Report on horse surra - Volume I
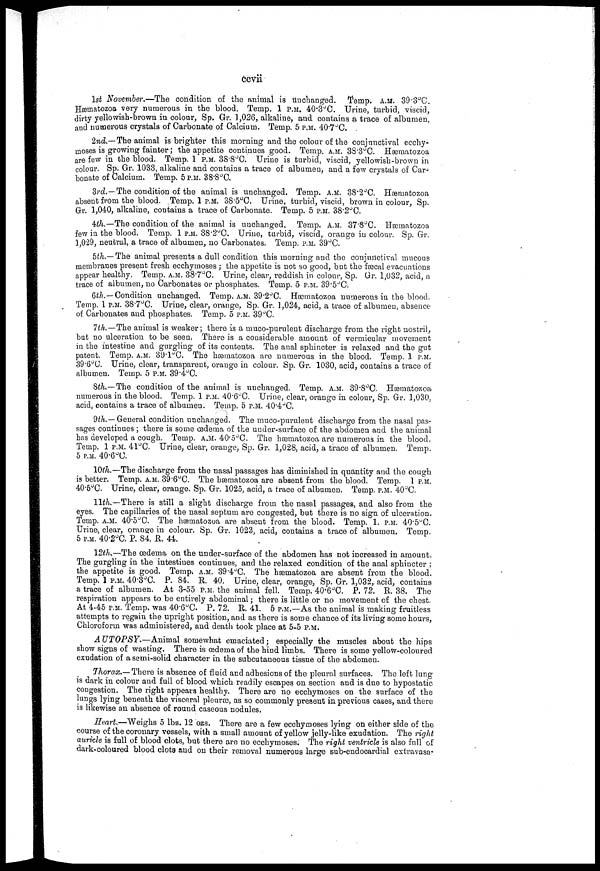
ccvii
1st November.—The condition of the animal is unchanged. Temp. A.M. 39.3°C.
Hæmatozoa very numerous in the blood. Temp. 1 P.M. 40.3°C. Urine, turbid, viscid,
dirty yellowish-brown in colour, Sp. Gr. 1,026, alkaline, and contains a trace of albumen,
and numerous crystals of Carbonate of Calcium. Temp. 5 P.M. 40 . 7°C.
2nd.—The animal is brighter this morning and the colour of the conjunctival ecchy¬
moses is growing fainter; the appetite continues good. Temp. A.M. 38.3°C. Hæmatozoa
are few in the blood. Temp. 1 P.M. 38.8°C. Urine is turbid, viscid, yellowish-brown in
colour. Sp. Gr. 1033, alkaline and contains a trace of albumen, and a few crystals of Car¬
bonate of Calcium. Temp. 5 P.M. 38.8°C.
3rd.—The condition of the animal is unchanged. Temp. A.M. 38.2°C. Hæmatozoa
absent from the blood. Temp. 1 P.M. 38.5°C. Urine, turbid, viscid, brown in colour, Sp.
Gr. 1,040, alkaline, contains a trace of Carbonate. Temp. 5 P.M. 38.2°C.
4th.—The condition of the animal is unchanged. Temp. A.M.37.8°C. Hæmatozoa
few in the blood. Temp. 1 P.M. 38.2°C. Urine, turbid, viscid, orange in colour. Sp. Gr.
1,029, neutral, a trace of albumen, no Carbonates. Temp. P.M. 39°C.
5th.— The animal presents a dull condition this morning and the conjunctival mucous
membranes present fresh ecchymoses; the appetite is not so good, but the fæcal evacuations
appear healthy. Temp. A.M. 38.7°C. Urine, clear, reddish in colour, Sp. Gr. 1,032, acid, a
trace of albumen, no Carbonates or phosphates. Temp. 5 P.M. 39.5°C.
6th.— Condition unchanged. Temp. A.M. 39.2°C. Hæmatozoa numerous in the blood.
Temp. 1 P.M. 38.7°C. Urine, clear, orange, Sp. Gr. 1,024, acid, a trace of albumen, absence
of Carbonates and phosphates. Temp. 5 P.M. 39°C.
7th.—The animal is weaker; there is a muco-purulent discharge from the right nostril,
but no ulceration to be seen. There is a considerable amount of vermicular movement
in the intestine and gurgling of its contents. The anal sphincter is relaxed and the gut
patent. Temp. A.M. 89.1°C. The hæmatozoa are numerous in the blood. Temp. 1 P.M.
39.6°C. Urine, clear, transparent, orange in colour. Sp. Gr. 1030, acid, contains a trace of
albumen. Temp. 5 P.M. 39.4°C.
8th.—The condition of the animal is unchanged. Temp. A.M. 39 . 8°C. Hæmatozoa
numerous in the blood. Temp. 1 P.M. 40.6°C. Urine, clear, orange in colour, Sp. Gr. 1,030,
acid, contains a trace of albumen. Temp. 5 P.M. 40.4 °C.
9th.— General condition unchanged. The muco-purulent discharge from the nasal pas-
sages continues ; there is some œdema of the uuder-surface of the abdomen and the animal
has developed a cough. Temp. A.M. 40.5°C. The hæmatozoa are numerous in the blood.
Temp. 1 P.M. 41°C. Urine, clear, orange, Sp. Gr. 1,028, acid, a trace of albumen. Temp.
5 P.M. 40.6°C.
10th.—The discharge from the nasal passages has diminished in quantity and the cough
is better. Temp. A.M. 39 .6°C. The hæmatozoa are absent from the blood. Temp. 1 P.M.
40.5°C. Urine, clear, orange. Sp. Gr. 1025, acid, a trace of albumen. Temp. P.M. 40°C.
11th.—There is still a slight discharge from the nasal passages, and also from the
eyes. The capillaries of the nasal septum are congested, but there is no sign of ulceration.
Temp. A.M. 40.5°C. The hæmatozoa are absent from the blood. Temp. 1. P.M. 40 . 5°C.
Urine, clear, orange in colour. Sp. Gr. 1023, acid, contains a trace of albumen. Temp.
5 P.M. 40.2°C. P. 84.R. 44.
12th.—The œdema on the under-surface of the abdomen has not increased in amount.
The gurgling in the intestines continues, and the relaxed condition of the anal sphincter ;
the appetite is good. Temp. A.M. 39.4°C. The hæmatozoa are absent from the blood.
Temp. 1 P.M. 40.3°C. P. 84. R. 40. Urine, clear, orange, Sp. Gr. 1,032, acid, contains
a trace of albumen. At 3-55 P.M. the animal fell. Temp. 40.6°C. P. 72. R. 38. The
respiration appears to be entirely abdominal ; there is little or no movement of the chest.
At 4-45 P.M. Temp. was 40.6°C. P. 72. R. 41. 6 P.M.—As the animal is making fruitless
attempts to regain the upright position, and as there is some chance of its living some hours,
Chloroform was administered, and death took place at 5-5 P.M.
AUTOPSY.—Animal
somewhat emaciated; especially the muscles about the hips
show signs of wasting. There is œdema of the hind limbs. There is some yellow-coloured
exudation of a semi-solid character in the subcutaneous tissue of the abdomen.
Thorax.— There is absence of fluid and adhesions of the pleural surfaces. The left lung
is dark in colour and full of blood which readily escapes on section and is due to hypostatic
congestion. The right appears healthy. There are no ecchymoses on the surface of the
lungs lying beneath the visceral pleuræ, as so commonly present in previous cases, and there
is likewise an absence of round caseous nodules.
Heart.—Weighs 5 lbs. 12 ozs. There are a few ecchymoses lying on either side of the
course of the coronary vessels, with a small amount of yellow jelly-like exudation. The right
auricle is full of blood clots, but there are no ecchymoses. The right ventricle is also full of
dark-coloured blood clots and on their removal numerous large sub-endocardial extravasa-